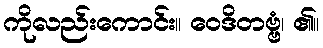
ကိုလည်းကောင်း။ ဝေဒိတဗ္ဗံ၊ ၏။